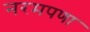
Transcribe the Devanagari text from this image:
नरमपणा